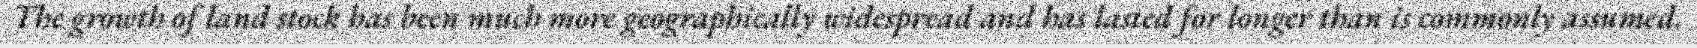
The growth of land stock has been much more geographically widespread and has lasted for longer than is commonly assumed.